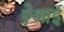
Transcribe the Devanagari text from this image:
ऐआई